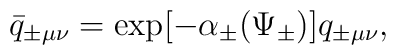
\bar{q}_{\pm\mu\nu} = \exp[-\alpha_{\pm}(\Psi_{\pm})]q_{\pm\mu\nu},